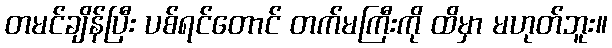
တမင်ချိန်ပြီး ပစ်ရင်တောင် တက်မကြီးကို ထိမှာ မဟုတ်ဘူး။